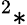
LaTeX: ^{2}\ast